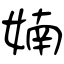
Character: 婻